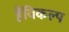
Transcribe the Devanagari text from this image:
हैंविकल्प